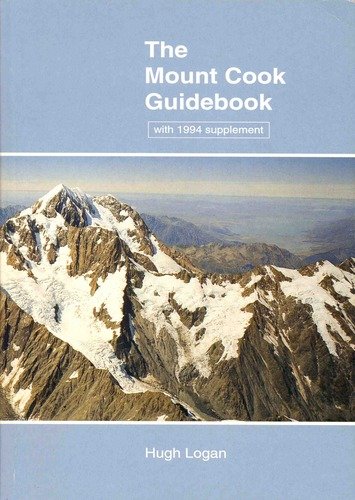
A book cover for Aoraki Mount Cook: A Guide for Mountaineers; Alex Palman; Travel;